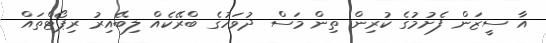
އާ ސީޒަން ފެށުމުގެ ކުރިން ތިން މަސް ދުވަހުގެ ބްރޭކެއް ލިބޭއިރު ރިޕޯޓްތައް